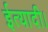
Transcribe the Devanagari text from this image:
ईत्यादी।